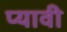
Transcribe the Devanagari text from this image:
प्यावी